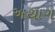
અથાગ